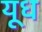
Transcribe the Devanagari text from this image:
यूध